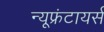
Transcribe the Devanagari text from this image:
न्यूफ्रंटायर्स